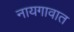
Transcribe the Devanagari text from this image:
नायगावात